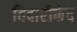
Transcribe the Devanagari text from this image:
विदारीकंद